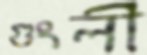
গুংলী